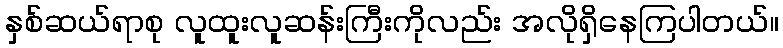
နှစ်ဆယ်ရာစု လူထူးလူဆန်းကြီးကိုလည်း အလိုရှိနေကြပါတယ်။